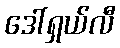
ဒေါ်ရှယ်လီ